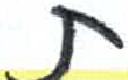
אות: ם